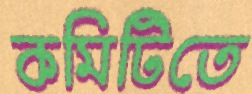
কমিটিতে